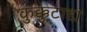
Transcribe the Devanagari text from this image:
कुक्कुटाद्य